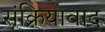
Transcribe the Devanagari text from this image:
संक्रियावाद